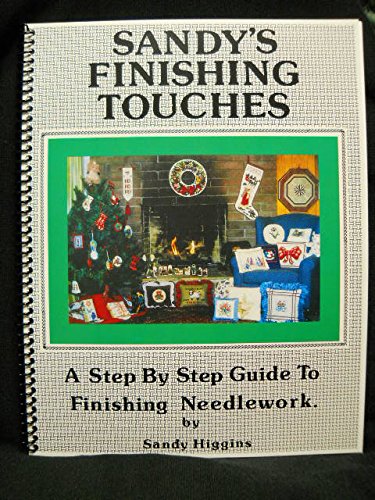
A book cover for Sandy's Finishing Touches: A Step-By-Step Guide to Needlework Finishing; Sandra B. Higgins; Crafts, Hobbies & Home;